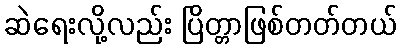
ဆဲရေးလို့လည်း ပြိတ္တာဖြစ်တတ်တယ်